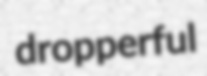
dropperful